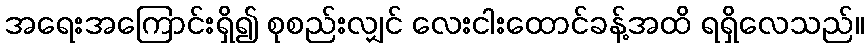
အရေးအကြောင်းရှိ၍ စုစည်းလျှင် လေးငါးထောင်ခန့်အထိ ရရှိလေသည်။